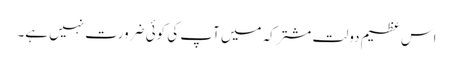
اس عظیم دولت مشترکہ میں آپ کی کوئی ضرورت نہیں ہے۔